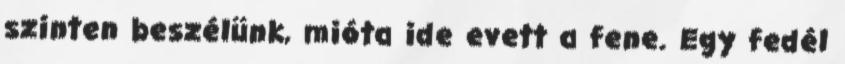
szinten beszélünk, mióta ide evett a fene. Egy fedél